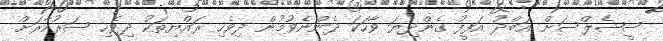
ސީޝެލްސަށް އަބްދު އަފީފު ގެންދިޔަ ވާހަކަ ދެންނެވުމުން ދިވެހި ރައްޔިތަކު ދިވެހި ސަރުކާރަށް